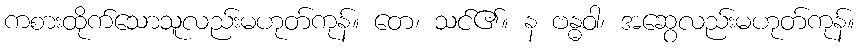
ကစားထိုက်သောသူလည်းမဟုတ်ကုန်။ တေ၊ သင်၏။ န ဗန္ဓဝါ၊ အဆွေလည်းမဟုတ်ကုန်။